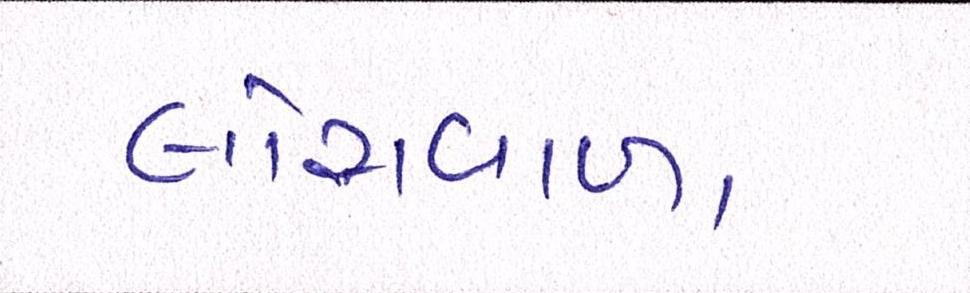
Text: લોસવાળા